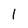
Character: l